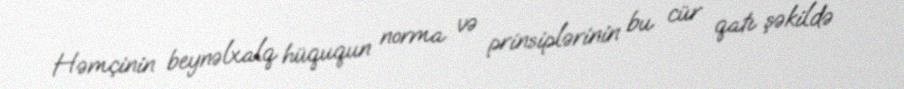
Həmçinin beynəlxalq hüququn norma və prinsiplərinin bu cür qatı şəkildə